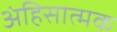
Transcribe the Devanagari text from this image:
अंहिसात्मक